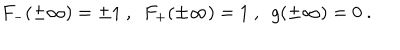
F _ { - } ( \pm \infty ) = \pm 1 \ , \ \ F _ { + } ( \pm \infty ) = 1 \ , \ \ g ( \pm \infty ) = 0 \ .